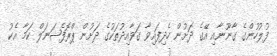
ފުލުހުންގެ ގާނޫނާއި އޭގެ ދަށުން ހެދިފައިވާ ގަވާއިދުތަކުގެ ދަށުން ޕްރޮފެޝަނަލް ކަމާ އެކު